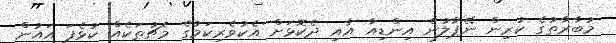
މުބާރާތުގެ ކުރިން ނޭޕާލުން އިންޑިއާ އާއި ދެކޮޅަށް އެކުވެރިކަމުގެ މެޗުތަކެއް ކުޅެފަ އައުން